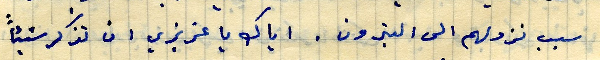
سبب نزولهم الى البترون . اياك يا عزيزي ان تذكر شيئاً